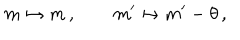
LaTeX: m \mapsto m \, , \qquad m ^ { \prime } \mapsto m ^ { \prime } - \theta \, ,